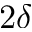
2 \delta